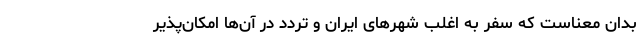
بدان معناست که سفر به اغلب شهرهای ایران و تردد در آن‌ها امکان‌پذیر